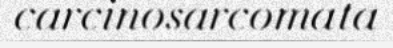
carcinosarcomata